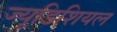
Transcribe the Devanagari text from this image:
ज्यूडिशियल